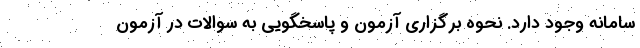
سامانه وجود دارد. نحوه برگزاری آزمون و پاسخگویی به سوالات در آزمون